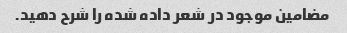
مضامین موجود در شعر داده شده را شرح دهید.